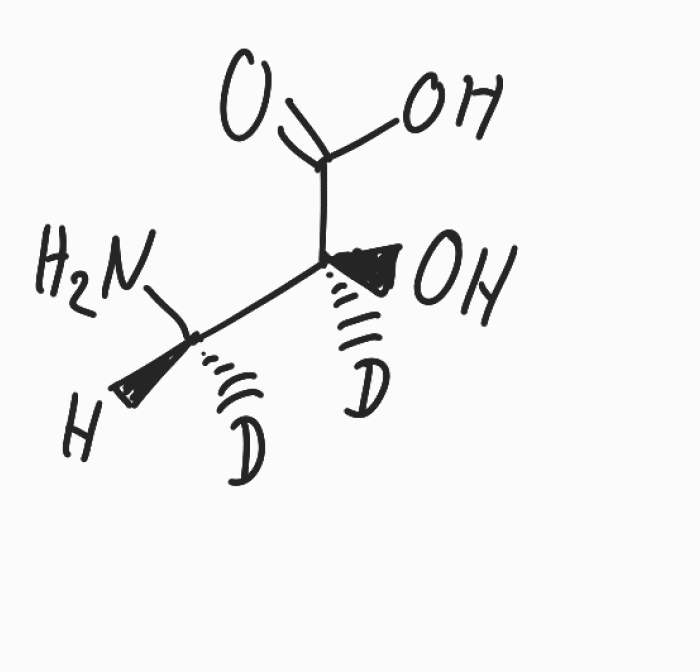
Simplified molecular-input line-entry system (SMILES) notation of the given molecule:
[H][C@]([2H])([C@@]([2H])(C(=O)O)O)N